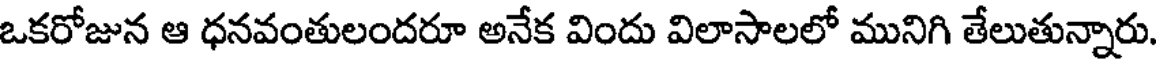
ఒకరోజున ఆ ధనవంతులందరూ అనేక విందు విలాసాలలో మునిగి తేలుతున్నారు